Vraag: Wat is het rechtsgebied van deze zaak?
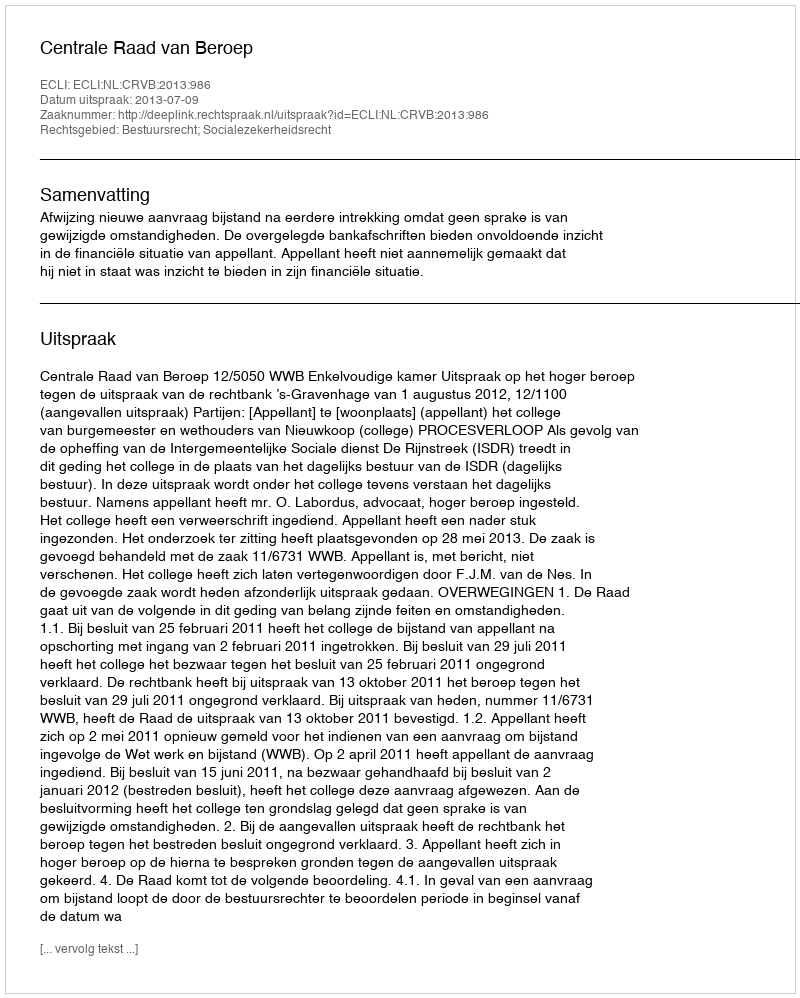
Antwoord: Bestuursrecht; Socialezekerheidsrecht